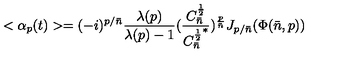
< \alpha _ { p } ( t ) > = { } ( - i ) ^ { p / { \bar { n } } } { \frac { \lambda ( p ) } { \lambda ( p ) - 1 } } ( { \frac { C _ { \bar { n } } ^ { \frac { 1 } { 2 } } } { { C _ { \bar { n } } ^ { \frac { 1 } { 2 } } } ^ { * } } } ) ^ { { \frac { p } { \bar { n } } } } J _ { p / { \bar { n } } } ( \Phi ( { \bar { n } } , p ) )